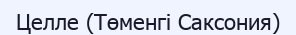
Целле (Төменгі Саксония)